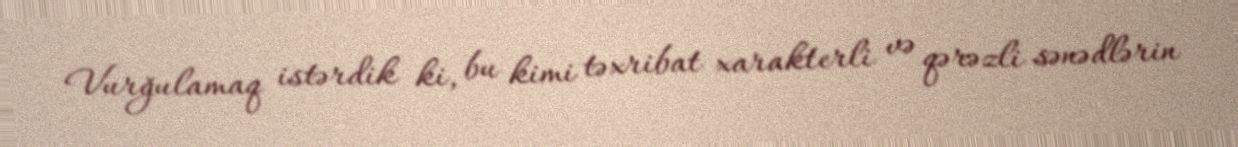
Vurğulamaq istərdik ki, bu kimi təxribat xarakterli və qərəzli sənədlərin